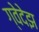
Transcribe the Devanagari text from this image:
ग्वेदेझ